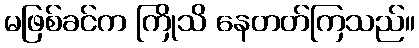
မဖြစ်ခင်က ကြိုသိ နေတတ်ကြသည်။